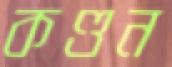
কণ্ডন